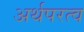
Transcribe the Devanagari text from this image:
अर्थपरत्व